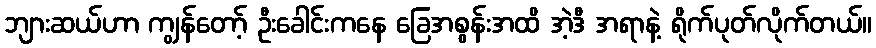
ဘျားဆယ်ဟာ ကျွန်တော့် ဦးခေါင်းကနေ ခြေအစွန်းအထိ အဲ့ဒီ အရာနဲ့ ရိုက်ပုတ်လိုက်တယ်။